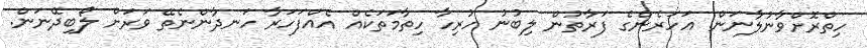
ހިތްރޮށްވާނުލާނަން. އަހަރެންގެ ފަރާތުން ލިބުނު ހުރިހާ ހިތާމަތަކެއް އެއްފަހަރާ ހަނދާންނެތޭ ވަރަށް ލޯބިދޭނަން.